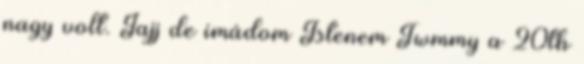
nagy volt. Jajj de imádom Istenem Twmmy a 20th